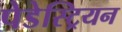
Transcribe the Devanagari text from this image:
पेडेस्ट्रियन